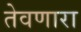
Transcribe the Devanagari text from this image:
तेवणारा